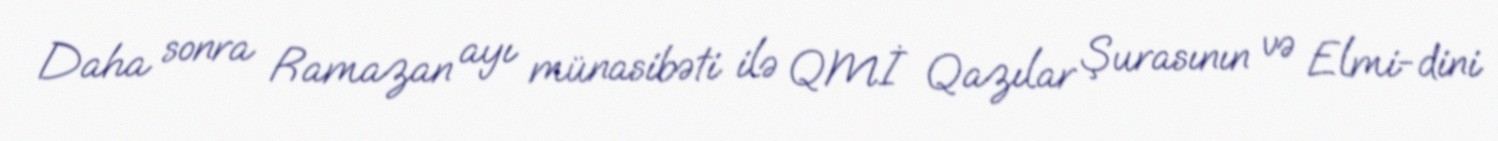
Daha sonra Ramazan ayı münasibəti ilə QMİ Qazılar Şurasının və Elmi-dini